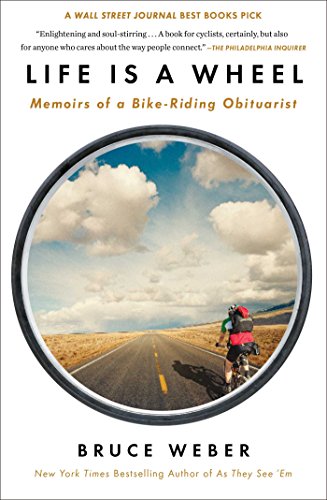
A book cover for Life Is a Wheel: Memoirs of a Bike-Riding Obituarist; Bruce Weber; Travel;